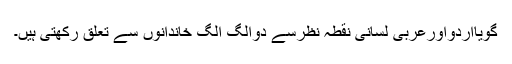
گویااردواورعربی لسانی نقطہ نظرسے دوالگ الگ خاندانوں سے تعلق رکھتی ہیں۔